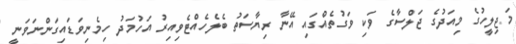
މަޖިލީހުގެ މިއަދުގެ ޖަލްސާގެ ވަކި ވަގުތެއްގައި އޭނާ ރިޔާސަތު ބެލެހެއްޓެވިއިރު އަހުމަދު ހިމެނިވަޑައިގަންނަވަނީ